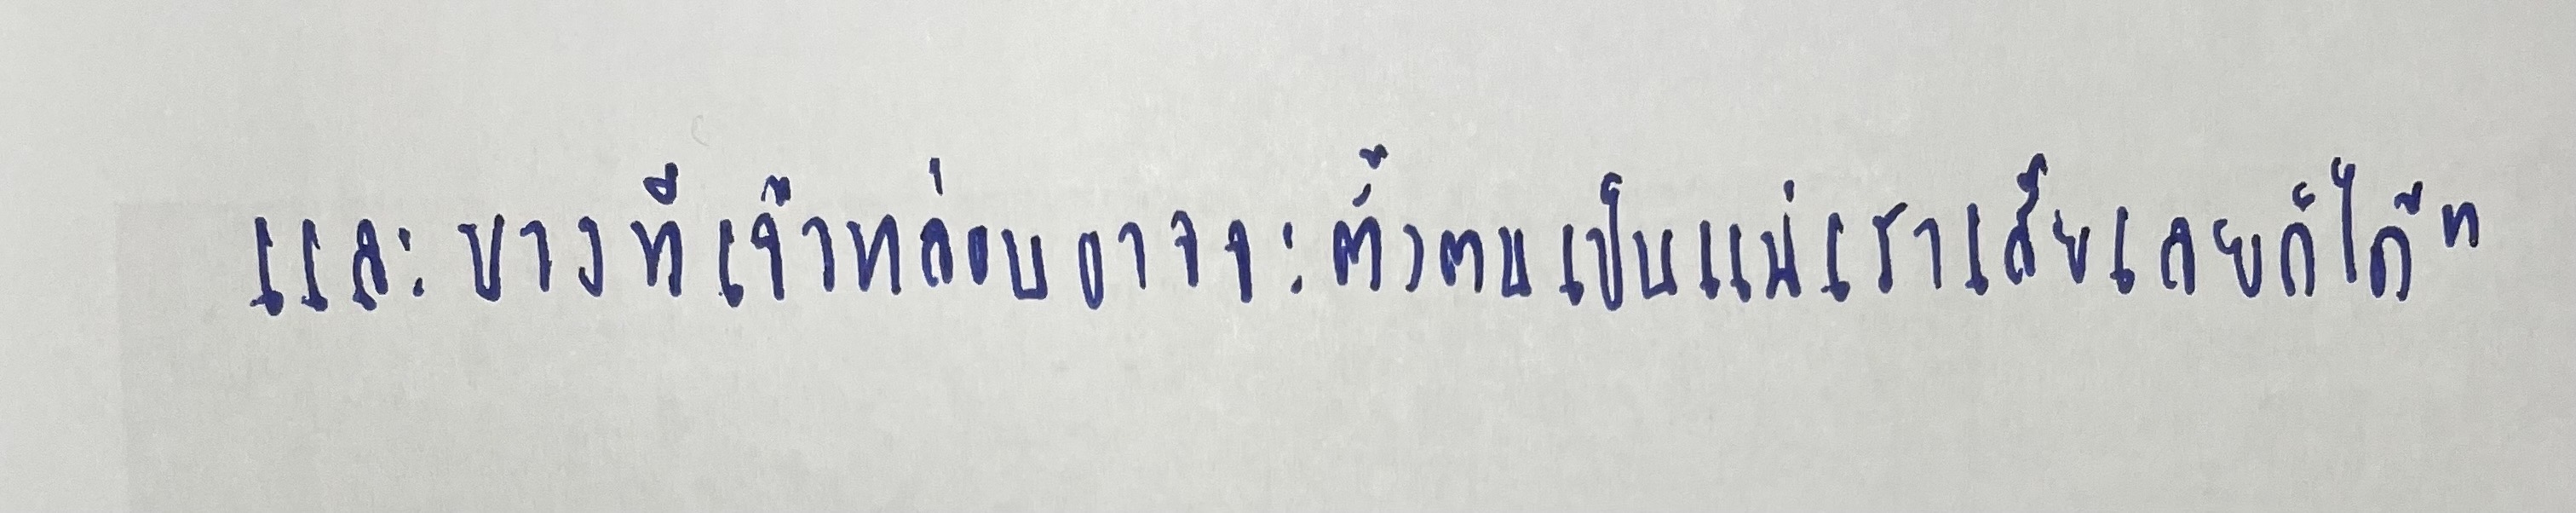
และบางทีเจ้าหล่อนอาจจะตั้งตนเป็นแม่เราเสียเลยก็ได้"